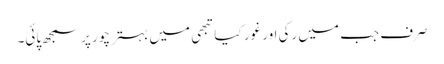
صرف جب میں رکی اور غور کیا تبھی میں بہتر چور پر سمجھ پائی۔